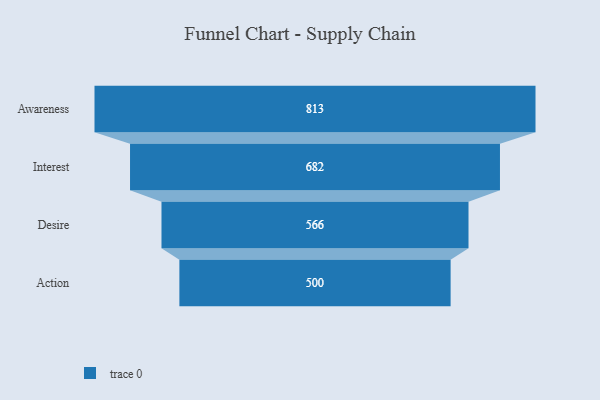
{"axis": {"x": "Stage", "y": "Value"}, "legend": [""], "data": [{"x": "Awareness", "y": 813.0, "type": ""}, {"x": "Interest", "y": 682.0, "type": ""}, {"x": "Desire", "y": 566.0, "type": ""}, {"x": "Action", "y": 500, "type": ""}]}